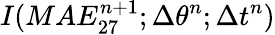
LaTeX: I(MAE_{27}^{n+1};\Delta\theta^{n};\Delta t^{n})